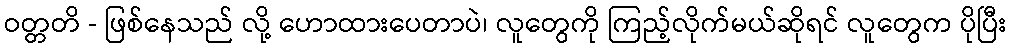
ဝတ္တတိ - ဖြစ်နေသည် လို့ ဟောထားပေတာပဲ၊ လူတွေကို ကြည့်လိုက်မယ်ဆိုရင် လူတွေက ပိုပြီး